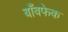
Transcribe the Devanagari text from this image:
बाँबफेक